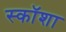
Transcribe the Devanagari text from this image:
स्कॉशा